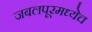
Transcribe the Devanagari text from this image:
जबलपूरमध्येच